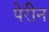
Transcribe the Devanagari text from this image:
पेरीन